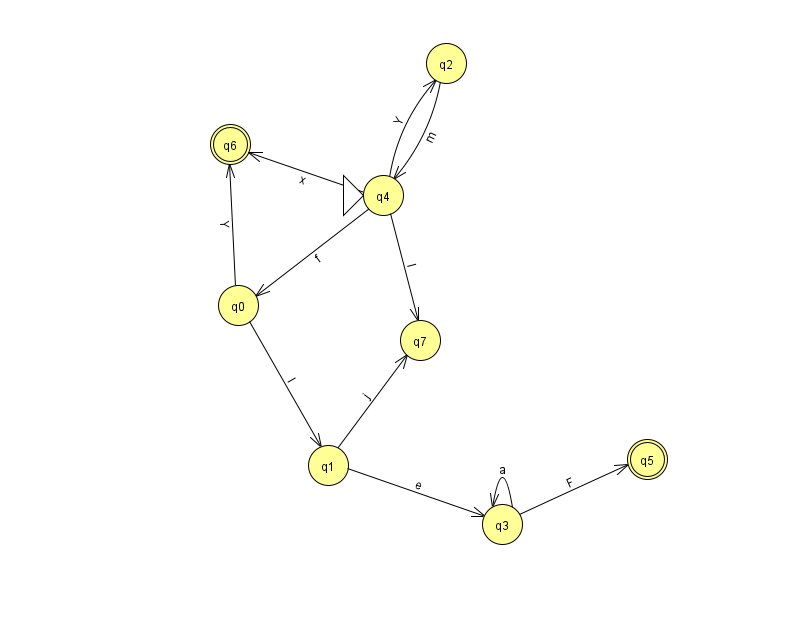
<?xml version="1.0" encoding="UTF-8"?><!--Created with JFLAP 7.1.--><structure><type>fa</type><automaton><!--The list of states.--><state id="0" name="q0"><x>238.0</x><y>292.0</y></state><state id="1" name="q1"><x>328.0</x><y>452.0</y></state><state id="2" name="q2"><x>446.0</x><y>50.0</y></state><state id="3" name="q3"><x>502.0</x><y>511.0</y></state><state id="4" name="q4"><x>383.0</x><y>182.0</y><initial/></state><state id="5" name="q5"><x>647.0</x><y>446.0</y><final/></state><state id="6" name="q6"><x>230.0</x><y>131.0</y><final/></state><state id="7" name="q7"><x>420.0</x><y>327.0</y></state><!--The list of transitions.--><transition><from>3</from><to>3</to><read>a</read></transition><transition><from>0</from><to>6</to><read>Y</read></transition><transition><from>4</from><to>0</to><read>f</read></transition><transition><from>3</from><to>5</to><read>F</read></transition><transition><from>4</from><to>7</to><read>l</read></transition><transition><from>1</from><to>7</to><read>j</read></transition><transition><from>4</from><to>6</to><read>x</read></transition><transition><from>4</from><to>2</to><read>Y</read></transition><transition><from>0</from><to>1</to><read>l</read></transition><transition><from>2</from><to>4</to><read>m</read></transition><transition><from>1</from><to>3</to><read>e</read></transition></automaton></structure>